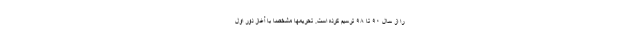
را از سال ۹۰ تا ۹۸ ترسیم کرده است. تحریمها مشخصا با آغاز دور اول